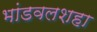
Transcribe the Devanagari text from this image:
भांडवलशहा